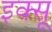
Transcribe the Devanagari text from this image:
इक्सू